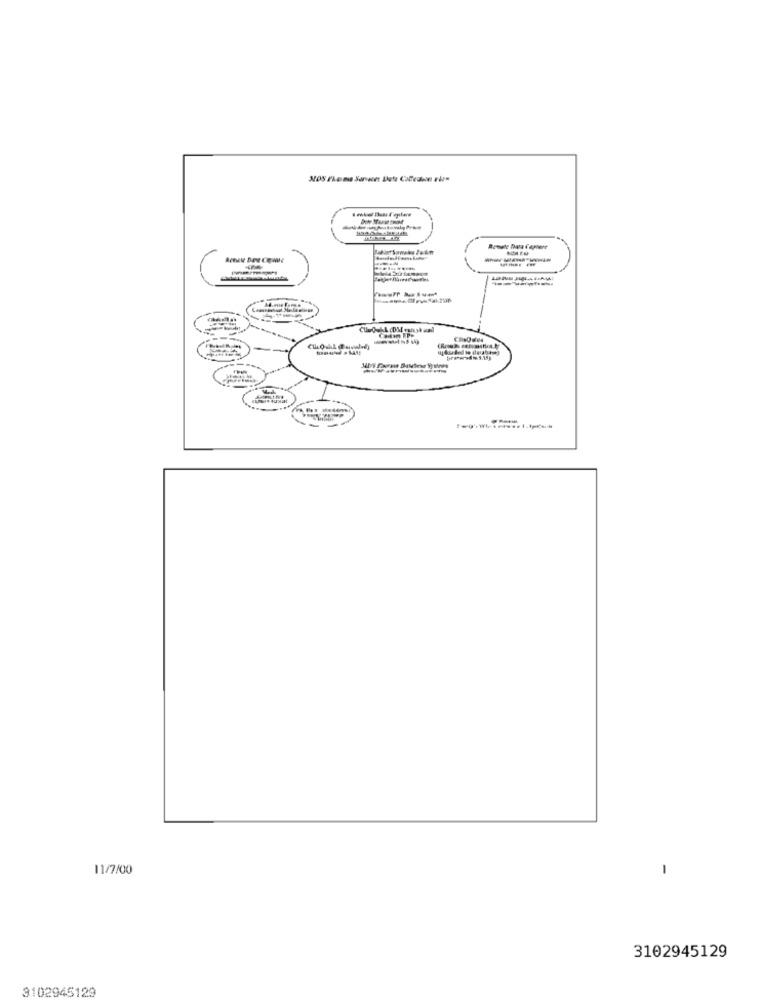
Route Data Capture
11/7/00
-
3102945129
3102945129